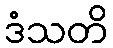
ဒံသတိ